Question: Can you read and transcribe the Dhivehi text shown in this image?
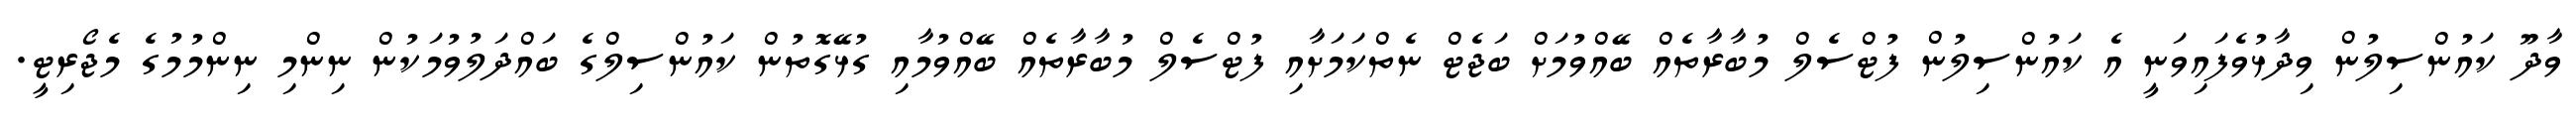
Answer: ވާދޫ ކައުންސިލުން ވިދާޅުވެފައިވަނީ އެ ކައުންސިލުން ފުޓްސެލް މުބާރާތެއް ބޭއްވުމަށް ބަޖެޓް ނެތްކަމަށާއި ފުޓްސެލް މުބާރާތެއް ބޭއްވުމާއި ގުޅޭގޮތުން ކައުންސިލްގެ ބައްދަލުވުމަކުން ނިންމި ނިންމުމުގެ މެޖޯރިޓީ.